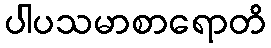
ပါပသမာစာရောတိ